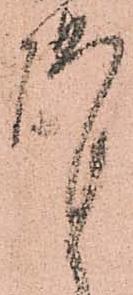
謹